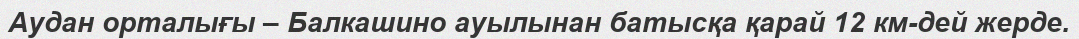
Аудан орталығы – Балкашино ауылынан батысқа қарай 12 км-дей жерде.